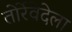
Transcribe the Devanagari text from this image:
तोर्रेवेदेला